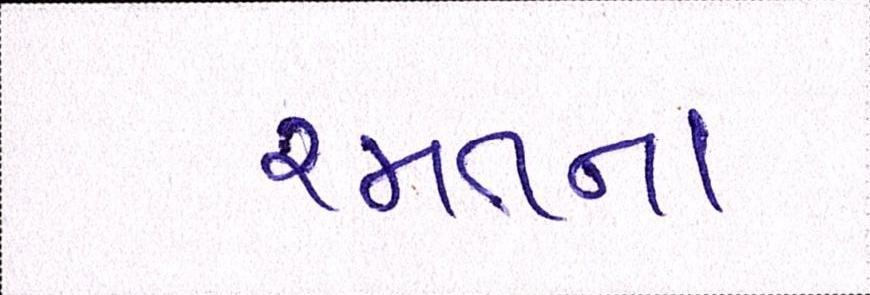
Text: રમતના